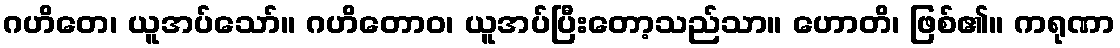
ဂဟိတေ၊ ယူအပ်သော်။ ဂဟိတောဝ၊ ယူအပ်ပြီးတော့သည်သာ။ ဟောတိ၊ ဖြစ်၏။ ကရုဏာ